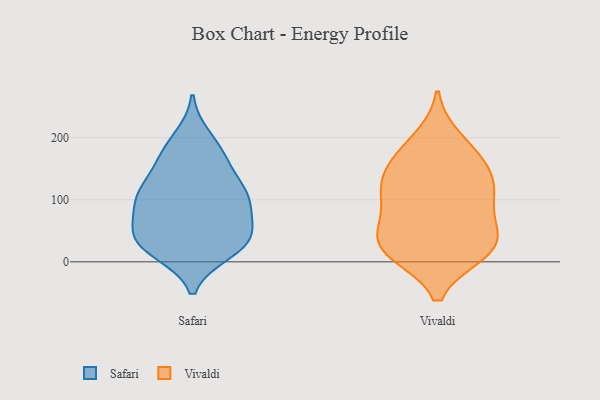
{"axis": {"x": "Conversion Rate (%)", "y": "Value"}, "legend": ["Safari", "Vivaldi"], "data": [{"x": "", "y": 17, "type": "Safari"}, {"x": "", "y": 177, "type": "Safari"}, {"x": "", "y": 110, "type": "Safari"}, {"x": "", "y": 25, "type": "Safari"}, {"x": "", "y": 24, "type": "Safari"}, {"x": "", "y": 45, "type": "Safari"}, {"x": "", "y": 63, "type": "Safari"}, {"x": "", "y": 102, "type": "Safari"}, {"x": "", "y": 32, "type": "Safari"}, {"x": "", "y": 58, "type": "Safari"}, {"x": "", "y": 200, "type": "Safari"}, {"x": "", "y": 116, "type": "Safari"}, {"x": "", "y": 34, "type": "Safari"}, {"x": "", "y": 115, "type": "Safari"}, {"x": "", "y": 156, "type": "Safari"}, {"x": "", "y": 93, "type": "Safari"}, {"x": "", "y": 100, "type": "Safari"}, {"x": "", "y": 168, "type": "Safari"}, {"x": "", "y": 45, "type": "Vivaldi"}, {"x": "", "y": 128, "type": "Vivaldi"}, {"x": "", "y": 14, "type": "Vivaldi"}, {"x": "", "y": 129, "type": "Vivaldi"}, {"x": "", "y": 89, "type": "Vivaldi"}, {"x": "", "y": 108, "type": "Vivaldi"}, {"x": "", "y": 153, "type": "Vivaldi"}, {"x": "", "y": 56, "type": "Vivaldi"}, {"x": "", "y": 101, "type": "Vivaldi"}, {"x": "", "y": 18, "type": "Vivaldi"}, {"x": "", "y": 154, "type": "Vivaldi"}, {"x": "", "y": 39, "type": "Vivaldi"}, {"x": "", "y": 181, "type": "Vivaldi"}, {"x": "", "y": 14, "type": "Vivaldi"}, {"x": "", "y": 198, "type": "Vivaldi"}, {"x": "", "y": 21, "type": "Vivaldi"}]}